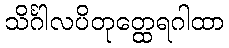
သိင်္ဂါလပိတုတ္ထေရဂါထာ